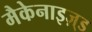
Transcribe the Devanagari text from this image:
मैकेनाइज़्ड